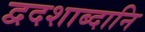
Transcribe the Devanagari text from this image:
द्वदशाब्दानि